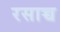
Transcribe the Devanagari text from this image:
रसाच्च